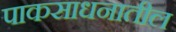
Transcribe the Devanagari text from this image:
पाकसाधनातील